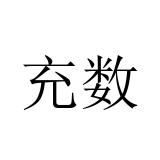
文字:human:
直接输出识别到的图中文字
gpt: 充数